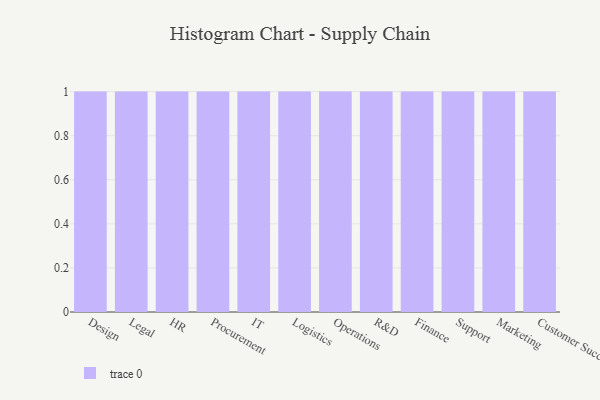
{"axis": {"x": "Department", "y": "Tickets Resolved"}, "legend": [""], "data": [{"x": "Design", "y": 35, "type": ""}, {"x": "Legal", "y": 5, "type": ""}, {"x": "HR", "y": 46, "type": ""}, {"x": "Procurement", "y": 54, "type": ""}, {"x": "IT", "y": 99, "type": ""}, {"x": "Logistics", "y": 12, "type": ""}, {"x": "Operations", "y": 56, "type": ""}, {"x": "R&D", "y": 87, "type": ""}, {"x": "Finance", "y": 95, "type": ""}, {"x": "Support", "y": 80, "type": ""}, {"x": "Marketing", "y": 81, "type": ""}, {"x": "Customer Success", "y": 17, "type": ""}]}